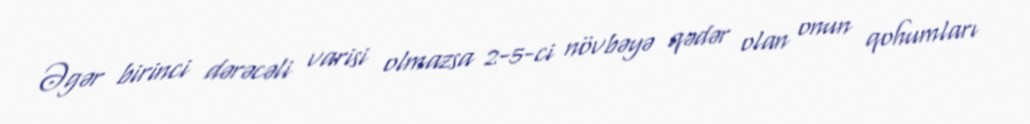
Əgər birinci dərəcəli varisi olmazsa 2-5-ci növbəyə qədər olan onun qohumları